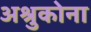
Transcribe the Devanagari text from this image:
अश्रुकोना